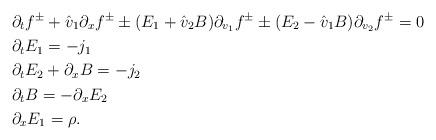
LaTeX: \begin{align*}&\partial_tf^\pm+\hat{v}_1\partial_xf^\pm\pm(E_1+\hat{v}_2B)\partial_{v_1}f^\pm\pm(E_2-\hat{v}_1B)\partial_{v_2}f^\pm=0\\&\partial_tE_1=-j_1\\&\partial_tE_2+\partial_xB=-j_2\\&\partial_tB=-\partial_xE_2\\&\partial_xE_1=\rho.\end{align*}